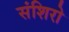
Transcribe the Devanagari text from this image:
संशिरो